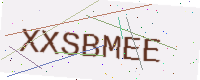
Text: XXSBMEE